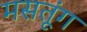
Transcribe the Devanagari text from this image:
मसतूंग